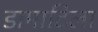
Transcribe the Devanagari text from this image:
डामाटिला